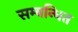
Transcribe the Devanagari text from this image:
सम्‍बन्‍धित